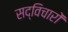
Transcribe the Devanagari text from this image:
सद्विचारों